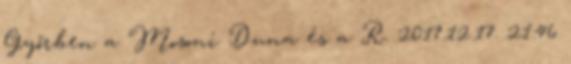
Győrben a Mosoni Duna és a R. 2017.12.17. 21:46